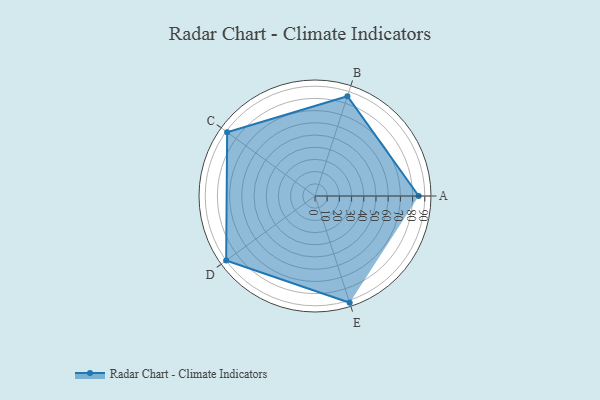
{"axis": {"x": "Skill", "y": "Score"}, "legend": ["Profile"], "data": [{"x": "A", "y": 85.0, "type": "Profile"}, {"x": "B", "y": 86.0, "type": "Profile"}, {"x": "C", "y": 89.0, "type": "Profile"}, {"x": "D", "y": 90.0, "type": "Profile"}, {"x": "E", "y": 92.0, "type": "Profile"}]}